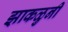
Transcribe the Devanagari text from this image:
झाकळुनी